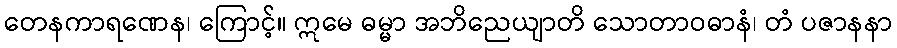
တေနကာရဏေန၊ ကြောင့်။ ဣမေ ဓမ္မာ အဘိညေယျာတိ သောတာဝဓာနံ၊ တံ ပဇာနနာ